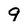
Character: 9